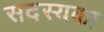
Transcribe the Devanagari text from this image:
सदस्यका